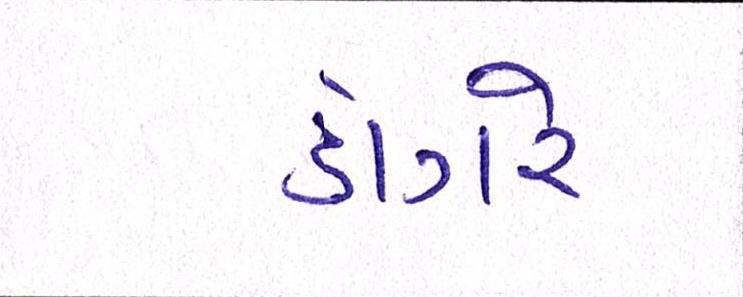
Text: ડાંગરે